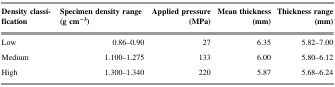
<table><thead><tr><td><b>Density classification</b></td><td><b>Specimen density range (g cm<sup>−3</sup>)</b></td><td><b>Applied pressure (MPa)</b></td><td><b>Mean thickness (mm)</b></td><td><b>Thickness range (mm)</b></td></tr></thead><tbody><tr><td>Low</td><td>0.86–0.90</td><td>27</td><td>6.35</td><td>5.82–7.00</td></tr><tr><td>Medium</td><td>1.100–1.275</td><td>133</td><td>6.00</td><td>5.80–6.12</td></tr><tr><td>High</td><td>1.300–1.340</td><td>220</td><td>5.87</td><td>5.68–6.24</td></tr></tbody></table>